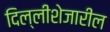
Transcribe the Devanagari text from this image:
दिल्लीशेजारील